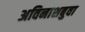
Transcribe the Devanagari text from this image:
अविनाशबुवा